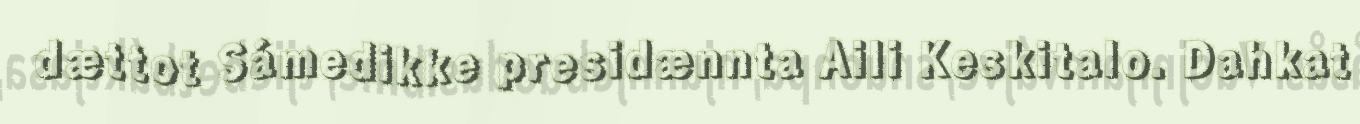
dættot Sámedikke presidænnta Aili Keskitalo. Dahkat